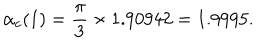
LaTeX: \alpha _ { c } ( 1 ) = { \frac { \pi } { 3 } } \times 1 . 9 0 9 4 2 = 1 . 9 9 9 5 .